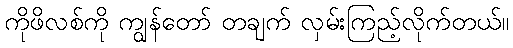
ကိုဖိလစ်ကို ကျွန်တော် တချက် လှမ်းကြည့်လိုက်တယ်။